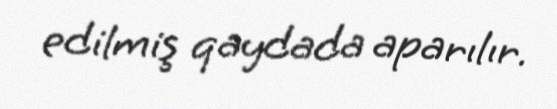
edilmiş qaydada aparılır.